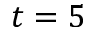
t = 5